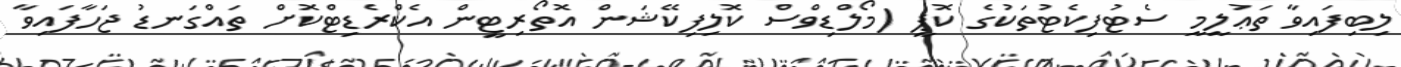
ލިބިފައިވާ ތަޢުލީމީ ސެޓުފިކެޓުތަކުގެ ކޮޕީ (މޯލްޑިވްސް ކޮލިފިކޭޝަން އޮތޯރިޓީން އެކްރެޑިޓްކޮށް ތައްގަނޑު ޖަހާފައިވާ